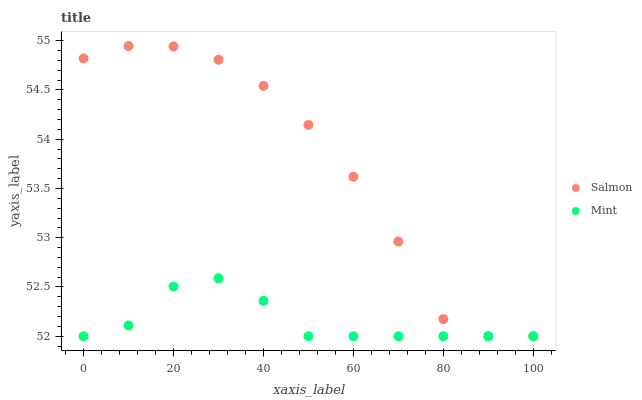
| xaxis_label | Salmon | Mint |
 | --- | --- | --- |
 | 0 | 54.8 | 52 |
 | 10 | 54.9 | 52.1 |
 | 20 | 54.9 | 52.5 |
 | 30 | 54.8 | 52.6 |
 | 40 | 54.5 | 52.4 |
 | 50 | 54.1 | 52 |
 | 60 | 53.6 | 52 |
 | 70 | 53 | 52 |
 | 80 | 52.2 | 52 |
 | 90 | 52 | 52 |
 | 100 | 52 | 52 |